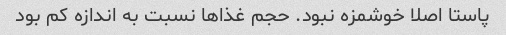
پاستا اصلا خوشمزه نبود. حجم غذاها نسبت به اندازه کم بود